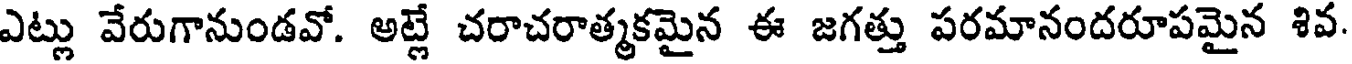
ఎట్లు వేరుగానుండవో. అట్లే చరాచరాత్మకమైన ఈ జగత్తు పరమానందరూపమైన శివ